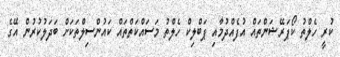
ކުރީ ހެލްތު ކޯޕަރޭޝަންތައް އުފެއްދުމާއި ޕަބްލިކް ހެލްތު މަސައްކަތްތައް ކައުންސިލްތަކަށް ބަދަލުކުރުން އޭގެ